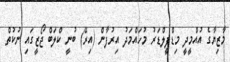
މާޒިޔާގެ އުއްމީދީ މިޑްފީލްޑަރު މުހައްމަދު އިރުފާން (އިރޭ) ބުނީ ކްލަބް ޖޯޒީގައި ނުކުތް